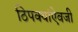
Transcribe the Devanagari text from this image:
ठिपक्यांऐवजी